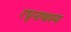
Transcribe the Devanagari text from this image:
रघुनाथस्य